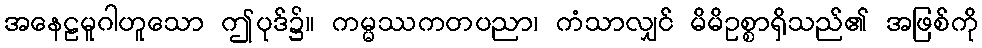
အနေဠမူဂါဟူသော ဤပုဒ်၌။ ကမ္မဿကတပညာ၊ ကံသာလျှင် မိမိဥစ္စာရှိသည်၏ အဖြစ်ကို